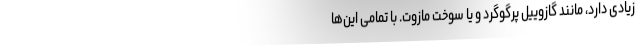
زیادی دارد، مانند گازوییل پرگوگرد و یا سوخت مازوت. با تمامی این‌ها